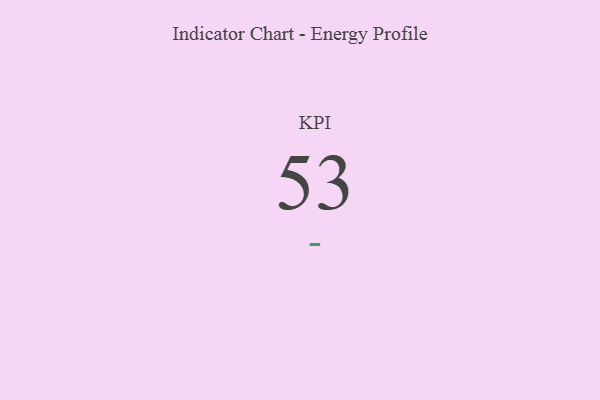
{"axis": {"x": "KPI", "y": "Value"}, "legend": [""], "data": [{"x": "KPI", "y": 53, "type": ""}]}